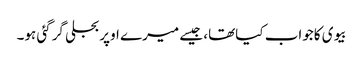
بیوی کاجواب کیاتھا، جیسے میرے اوپربجلی گرگئی ہو۔